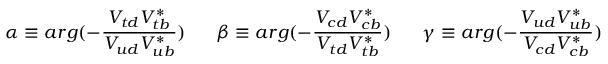
\alpha \equiv a r g ( - \frac { V _ { t d } V _ { t b } ^ { * } } { V _ { u d } V _ { u b } ^ { * } } ) \; \; \; \; \; \; \beta \equiv a r g ( - \frac { V _ { c d } V _ { c b } ^ { * } } { V _ { t d } V _ { t b } ^ { * } } ) \; \; \; \; \; \; \gamma \equiv a r g ( - \frac { V _ { u d } V _ { u b } ^ { * } } { V _ { c d } V _ { c b } ^ { * } } )